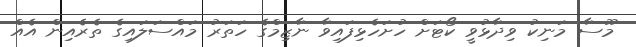
މޫސާ މަނިކު ވިދާޅުވީ ކޯޓަށް ހުށަހެޅިފައިވާ ނާޒިމްގެ ހަތަރު މައްސަލައިގެ ތެރެއިން އެއް